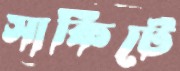
সার্কিটে